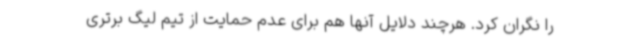
را نگران کرد. هرچند دلایل آنها هم برای عدم حمایت از تیم لیگ برتری